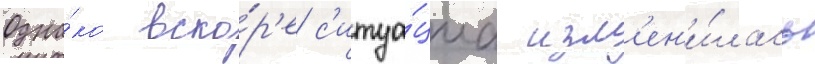
Одна́ко вско́р'е с'итуа́циа изм'ен'и́лась